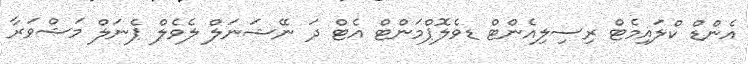
އެންޑް ކްލައިމެޓް ރިސިލިއެންޓް ޑވެލޮޕްމަންޓް އެޓް ދަ ނޭޝަނަލް ލެވެލް ޕެނަލް މަޝްވަރާ